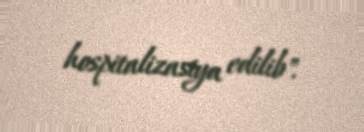
hospitalizasiya edilib".